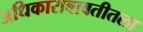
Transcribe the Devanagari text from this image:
अधिकाराबाबतीतला